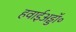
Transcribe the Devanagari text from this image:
हवाईअड्डॉ॰